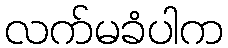
လက်မခံပါက